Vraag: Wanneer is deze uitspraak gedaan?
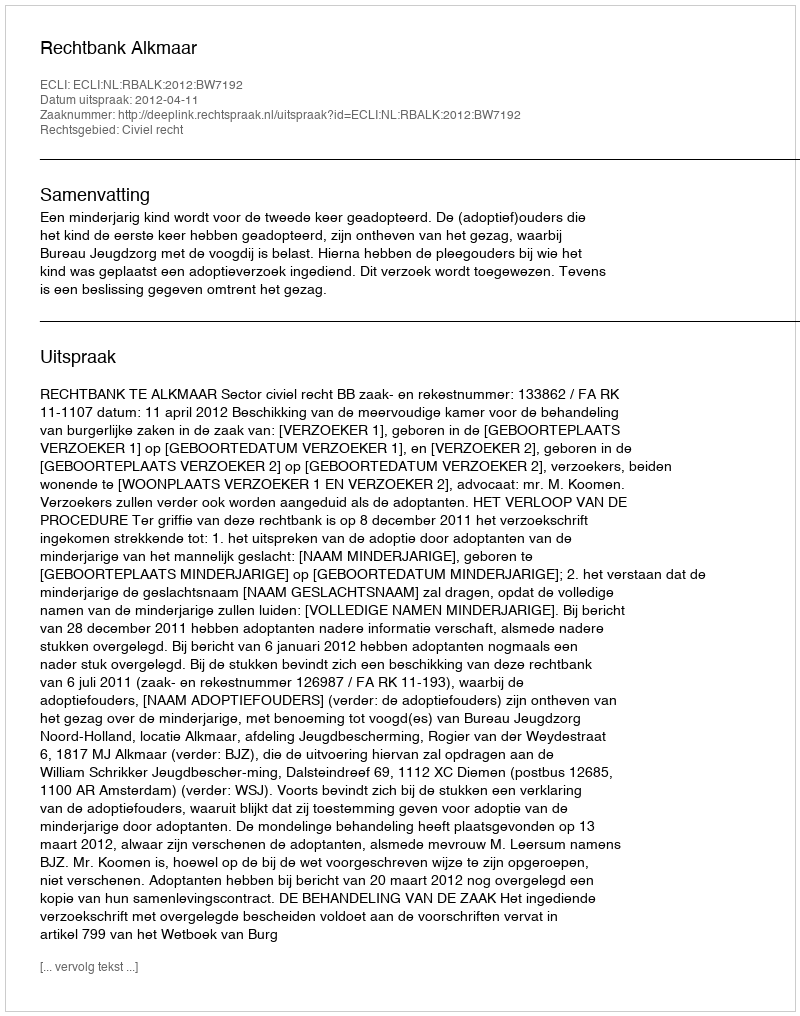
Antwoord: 2012-04-11